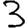
Digit: 3